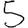
Digit: 5